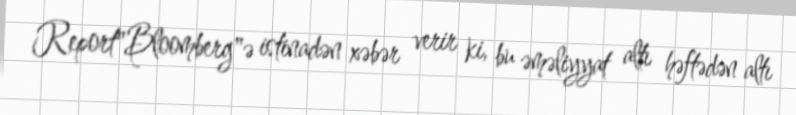
Report"Bloomberg"ə istinadən xəbər verir ki, bu əməliyyat altı həftədən altı